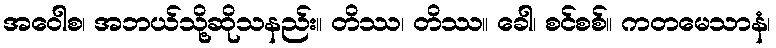
အဝေါစ၊ အဘယ်သို့ဆိုသနည်း။ တိဿ၊ တိဿ။ ခေါ၊ စင်စစ်။ ကတမေသာနံ၊